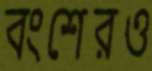
বংশেরও